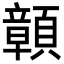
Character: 𩕆